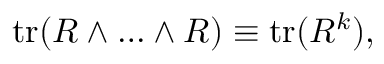
\mathrm { t r } ( R \wedge \ldots \wedge R ) \equiv \mathrm { t r } ( R ^ { k } ) ,